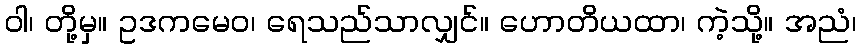
ဝါ၊ တို့မှ။ ဥဒကမေဝ၊ ရေသည်သာလျှင်။ ဟောတိယထာ၊ ကဲ့သို့။ အညံ၊